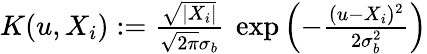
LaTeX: \begin{array}{r}{K(u,X_{i}):=\frac{\sqrt{|X_{i}|}}{\sqrt{2\pi}\sigma_{b}}~\exp{\left(-\frac{(u-X_{i})^{2}}{2\sigma_{b}^{2}}\right)}}\end{array}